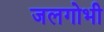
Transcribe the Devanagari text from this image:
जलगोभी